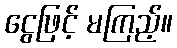
ငွေဖြင့် မကြည့်။